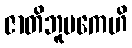
ဇာတိဘူမကေဟိ